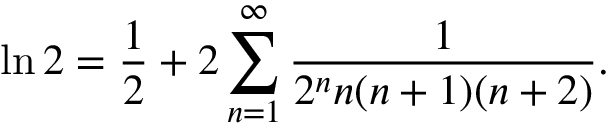
\ln 2 = { \frac { 1 } { 2 } } + 2 \sum _ { n = 1 } ^ { \infty } { \frac { 1 } { 2 ^ { n } n ( n + 1 ) ( n + 2 ) } } .